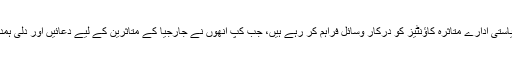
ڈئیل نے کہا ہے کہ ریاستی ادارے متاثرہ کاؤنٹیز کو درکار وسائل فراہم کر رہے ہیں، جب کپ انھوں نے جارجیا کے متاثرین کے لیے دعائیں اور دلی ہمدردی کا اظہار کیا ہے۔